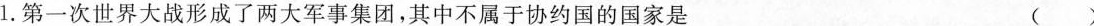
1.第一次世界大战形成了两大军事集团，其中不属于协约国的国家是 ()